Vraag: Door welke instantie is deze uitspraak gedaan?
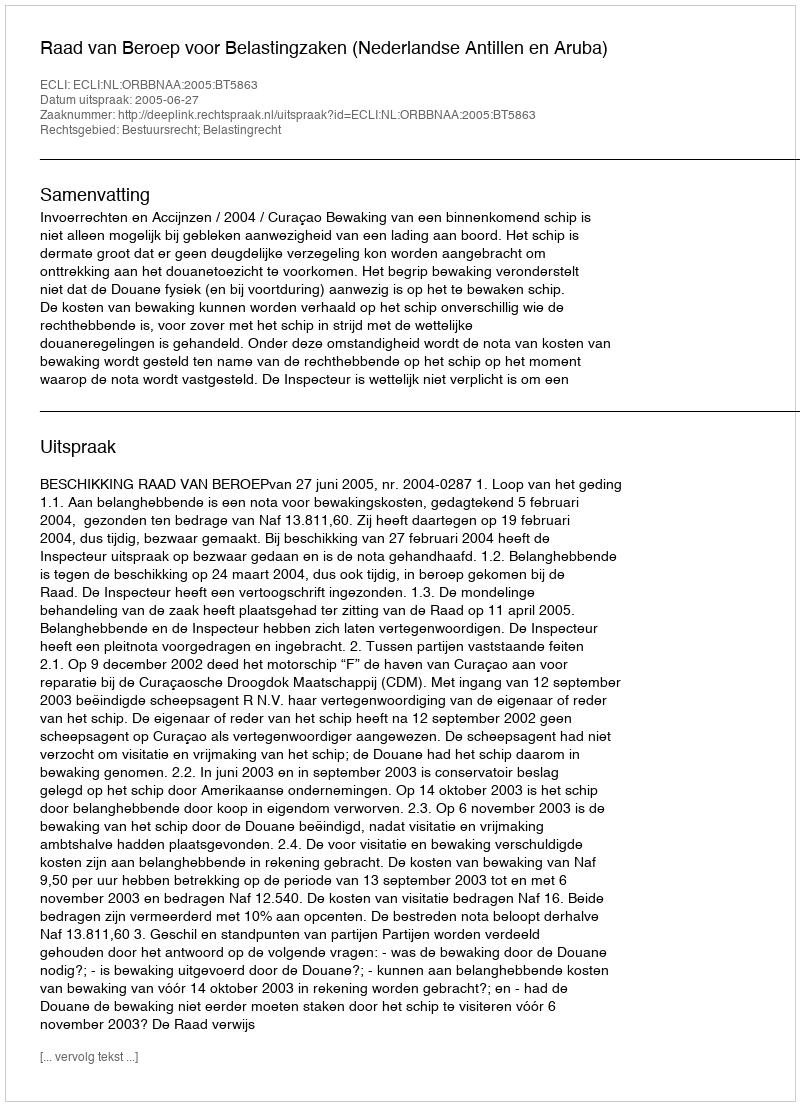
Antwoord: Raad van Beroep voor Belastingzaken (Nederlandse Antillen en Aruba)